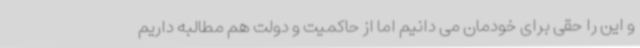
و این را حقی برای خودمان می دانیم اما از حاکمیت و دولت هم مطالبه داریم